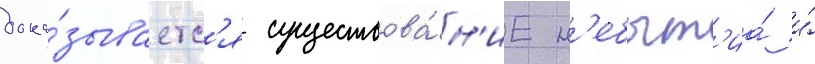
дока́зываетс'я существова́н'ие н'ебыт'иа́ и́